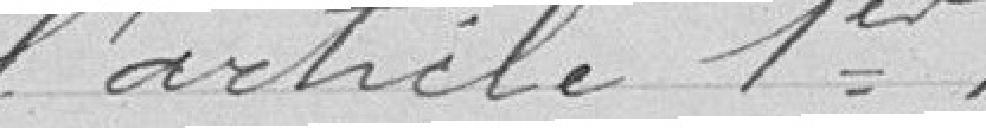
l'article 1er.